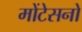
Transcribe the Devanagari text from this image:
मोंटेसनो